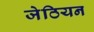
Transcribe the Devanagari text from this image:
जेठियन